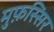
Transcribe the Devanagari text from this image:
मुफ़स्सिर